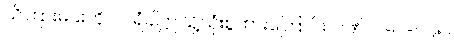
သိကြားမင်းကိုပင် ရံခါဤသို့သုံးစွဲထားကြောင်း၊ ပဏ်-၁-ပါ-၁၉၅၊